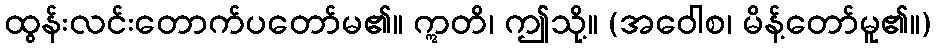
ထွန်းလင်းတောက်ပတော်မ၏။ ဣတိ၊ ဤသို့။ (အဝေါစ၊ မိန့်တော်မူ၏။)